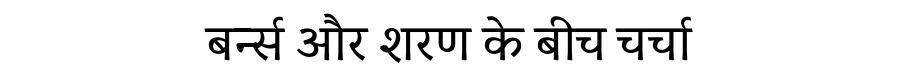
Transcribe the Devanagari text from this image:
बर्न्स और शरण के बीच चर्चा